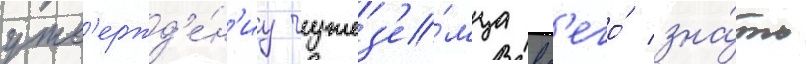
утв'ержд'е́н'иу чужез'е́мца вс'его́ зна́ть